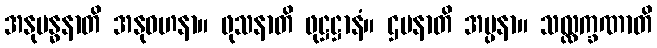
အနုဗန္ဓနာတိ အနုဝဟနာ။ ဖုသနာတိ ဖုဋ္ဌဋ္ဌာနံ။ ဌပနာတိ အပ္ပနာ။ သလ္လက္ခဏာတိ